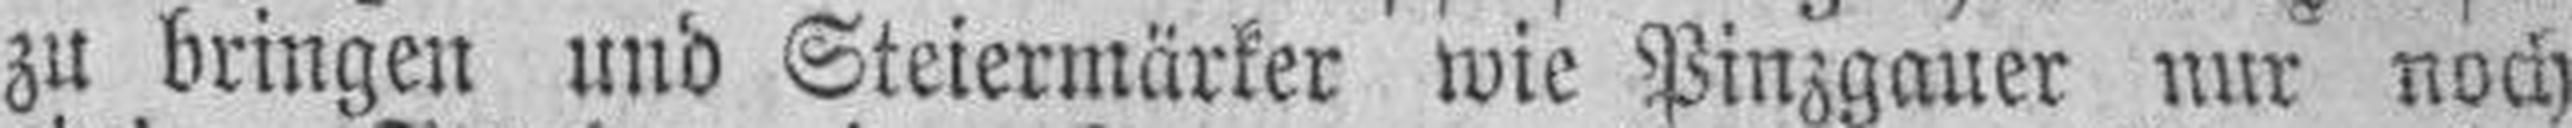
zu bringen und Steiermärker wie Pinzgauer nur noch